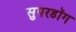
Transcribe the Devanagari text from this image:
सुपरडॉग